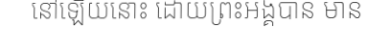
នៅឡើយនោះ ដោយព្រះអង្គបាន មាន